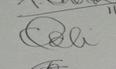
Signature authenticity: genuine